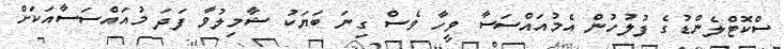
ސްކޮޓްލެންޑުގެ ފުލުހުން އެމުއައްސަސާ ވީހާ ވެސް ގިނަ ބަޔަކު ޝާމިލުވާ ފަދަ މުއައްސަސާއަކަށް